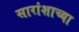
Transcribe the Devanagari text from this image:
सारांशाच्या